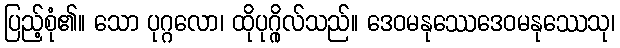
ပြည့်စုံ၏။ သော ပုဂ္ဂလော၊ ထိုပုဂ္ဂိုလ်သည်။ ဒေဝမနုဿေဒေဝမနုဿေသု၊